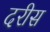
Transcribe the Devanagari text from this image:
दरीस